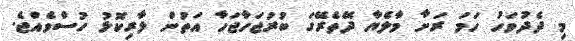
މި ދެދުވަހު ހަމަ ރަށާ މާލެޔާ ދޭތެރޭގަ ބުރުޖަހާޖަހާ އަތުން ލާރިކޮޅު ހުސްވެއްޖެ.